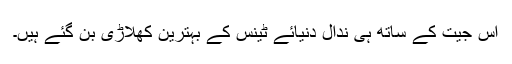
اس جیت کے ساتھ ہی ندال دنیائے ٹینس کے بہترین کھلاڑی بن گئے ہیں۔